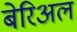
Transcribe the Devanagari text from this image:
बेरिअल